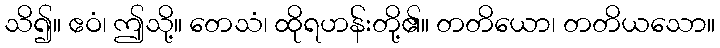
သိ၍။ ဧဝံ၊ ဤသို့။ တေသံ၊ ထိုရဟန်းတို့၏။ တတိယော၊ တတိယသော။